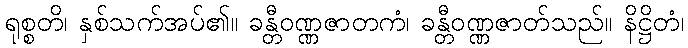
ရုစ္စတိ၊ နှစ်သက်အပ်၏။ ခန္တီဝဏ္ဏဇာတကံ၊ ခန္တီဝဏ္ဏဇာတ်သည်။ နိဋ္ဌိတံ၊